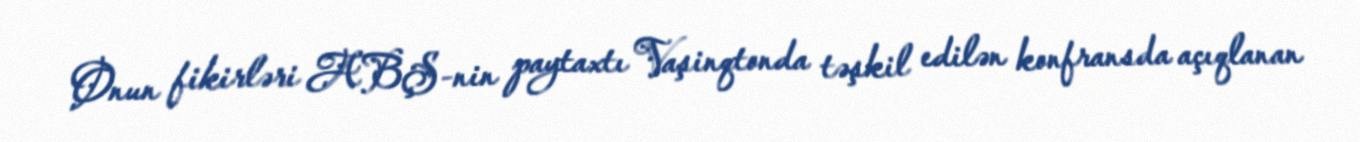
Onun fikirləri ABŞ-nin paytaxtı Vaşinqtonda təşkil edilən konfransda açıqlanan